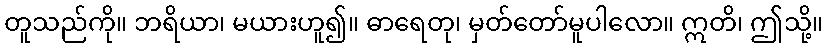
တူသည်ကို။ ဘရိယာ၊ မယားဟူ၍။ ဓာရေတု၊ မှတ်တော်မူပါလော။ ဣတိ၊ ဤသို့။